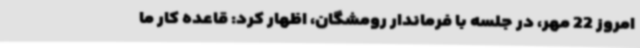
امروز 22 مهر، در جلسه با فرماندار رومشگان، اظهار کرد: قاعده کار ما